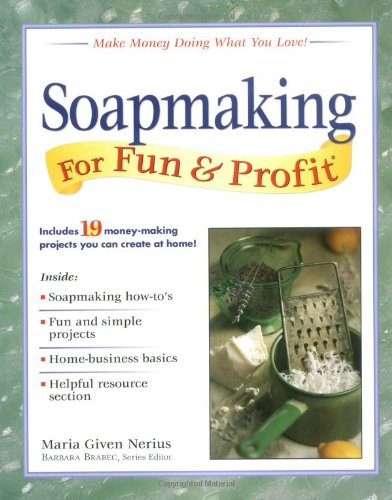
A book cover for Soapmaking for Fun & Profit: Make Money Doing What You Love!; Maria Nerius; Crafts, Hobbies & Home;